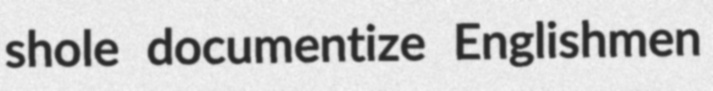
shole documentize Englishmen